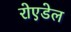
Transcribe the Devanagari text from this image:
रोएडेल